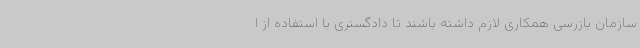
سازمان بازرسی همکاری لازم داشته باشند تا دادگستری با استفاده از ا